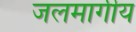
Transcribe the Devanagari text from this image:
जलमार्गीय